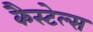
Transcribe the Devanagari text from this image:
कैस्टेल्स